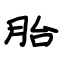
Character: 胎